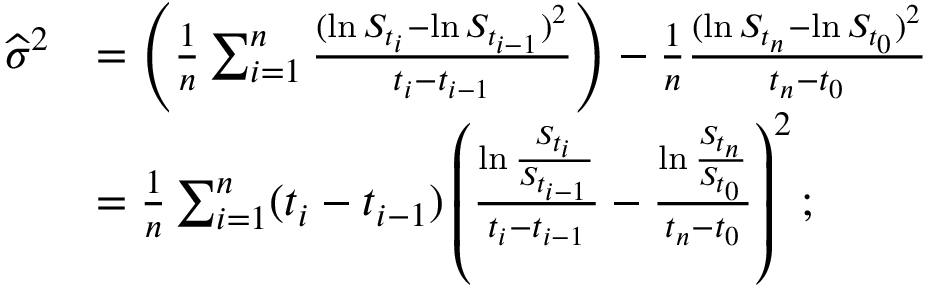
{ \begin{array} { r l } { { \widehat { \sigma } } ^ { 2 } } & { = \left( { \frac { 1 } { n } } \sum _ { i = 1 } ^ { n } { \frac { ( \ln S _ { t _ { i } } - \ln S _ { t _ { i - 1 } } ) ^ { 2 } } { t _ { i } - t _ { i - 1 } } } \right) - { \frac { 1 } { n } } { \frac { ( \ln S _ { t _ { n } } - \ln S _ { t _ { 0 } } ) ^ { 2 } } { t _ { n } - t _ { 0 } } } } \\ & { = { \frac { 1 } { n } } \sum _ { i = 1 } ^ { n } ( t _ { i } - t _ { i - 1 } ) \left( { \frac { \ln { \frac { S _ { t _ { i } } } { S _ { t _ { i - 1 } } } } } { t _ { i } - t _ { i - 1 } } } - { \frac { \ln { \frac { S _ { t _ { n } } } { S _ { t _ { 0 } } } } } { t _ { n } - t _ { 0 } } } \right) ^ { 2 } ; } \end{array} }